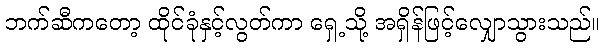
ဘက်ဆီကတော့ ထိုင်ခုံနှင့်လွတ်ကာ ရှေ့သို့ အရှိန်ဖြင့်လျှောသွားသည်။